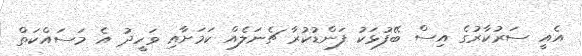
އެއީ ސަރުކާރުގެ އިސް ބޭފުޅަކު ފަންޑުކުރާ ޗެނަލެއް ކަމަށާއި ވަހީދު އެ މަސައްކަތް